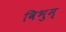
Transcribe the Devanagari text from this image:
विभुम्‌